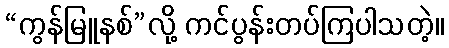
“ကွန်မြူနစ်”လို့ ကင်ပွန်းတပ်ကြပါသတဲ့။